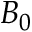
B _ { 0 }